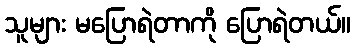
သူများ မပြောရဲတာကို ပြောရဲတယ်။